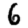
Digit: 6